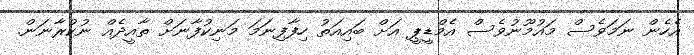
އެހެން ނަމަވެސް މައުމޫނުވެސް އެމްޑީޕީ އަށް ބައިއަތު ހިފާފިނަމަ މަނިކުފާނަށް ތާއީދެއް ނުކުރާނަން.